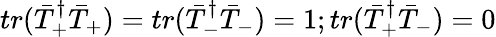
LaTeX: tr(\bar{T}_{+}^{\dagger}\bar{T}_{+})=tr(\bar{T}_{-}^{\dagger}\bar{T}_{-})=1;tr(\bar{T}_{+}^{\dagger}\bar{T}_{-})=0